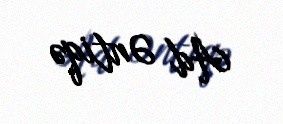
Ad Əntiqə